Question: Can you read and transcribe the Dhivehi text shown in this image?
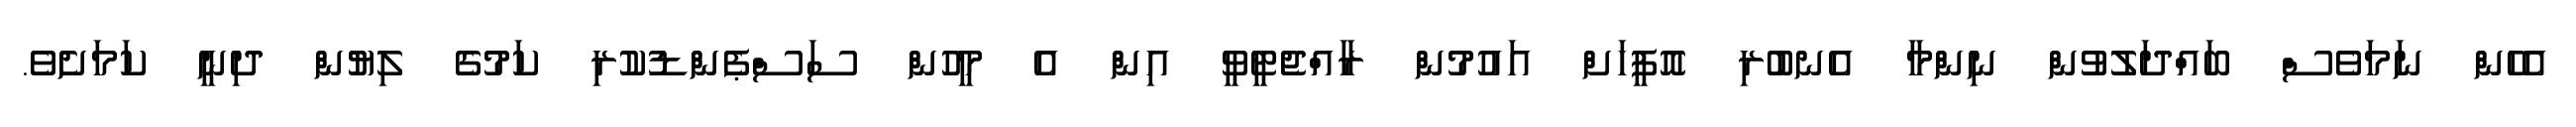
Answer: އެހެން ނަމަވެސް ބައްދަލުވުން ނިންމާ އެނބުރި އޮފީހަށް އައުމުން ރާއްޖެޓީވީ އިން އެ މީހުން ސަސްޕެންޑުކުރި ކަމުގެ ލިޔުން ދިނީ ކަމަށެވެ.